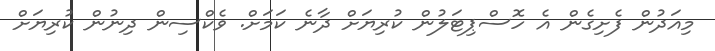
މިއަދުން ފެށިގެން އެ ހޮސްޕިޓަލުން ކުރިޔަށް ދާނެ ކަމަށް. ވެކްސިން ދިނުން ކުރިޔަށް